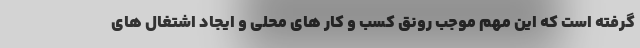
گرفته است که این مهم موجب رونق کسب و کار های محلی و ایجاد اشتغال های